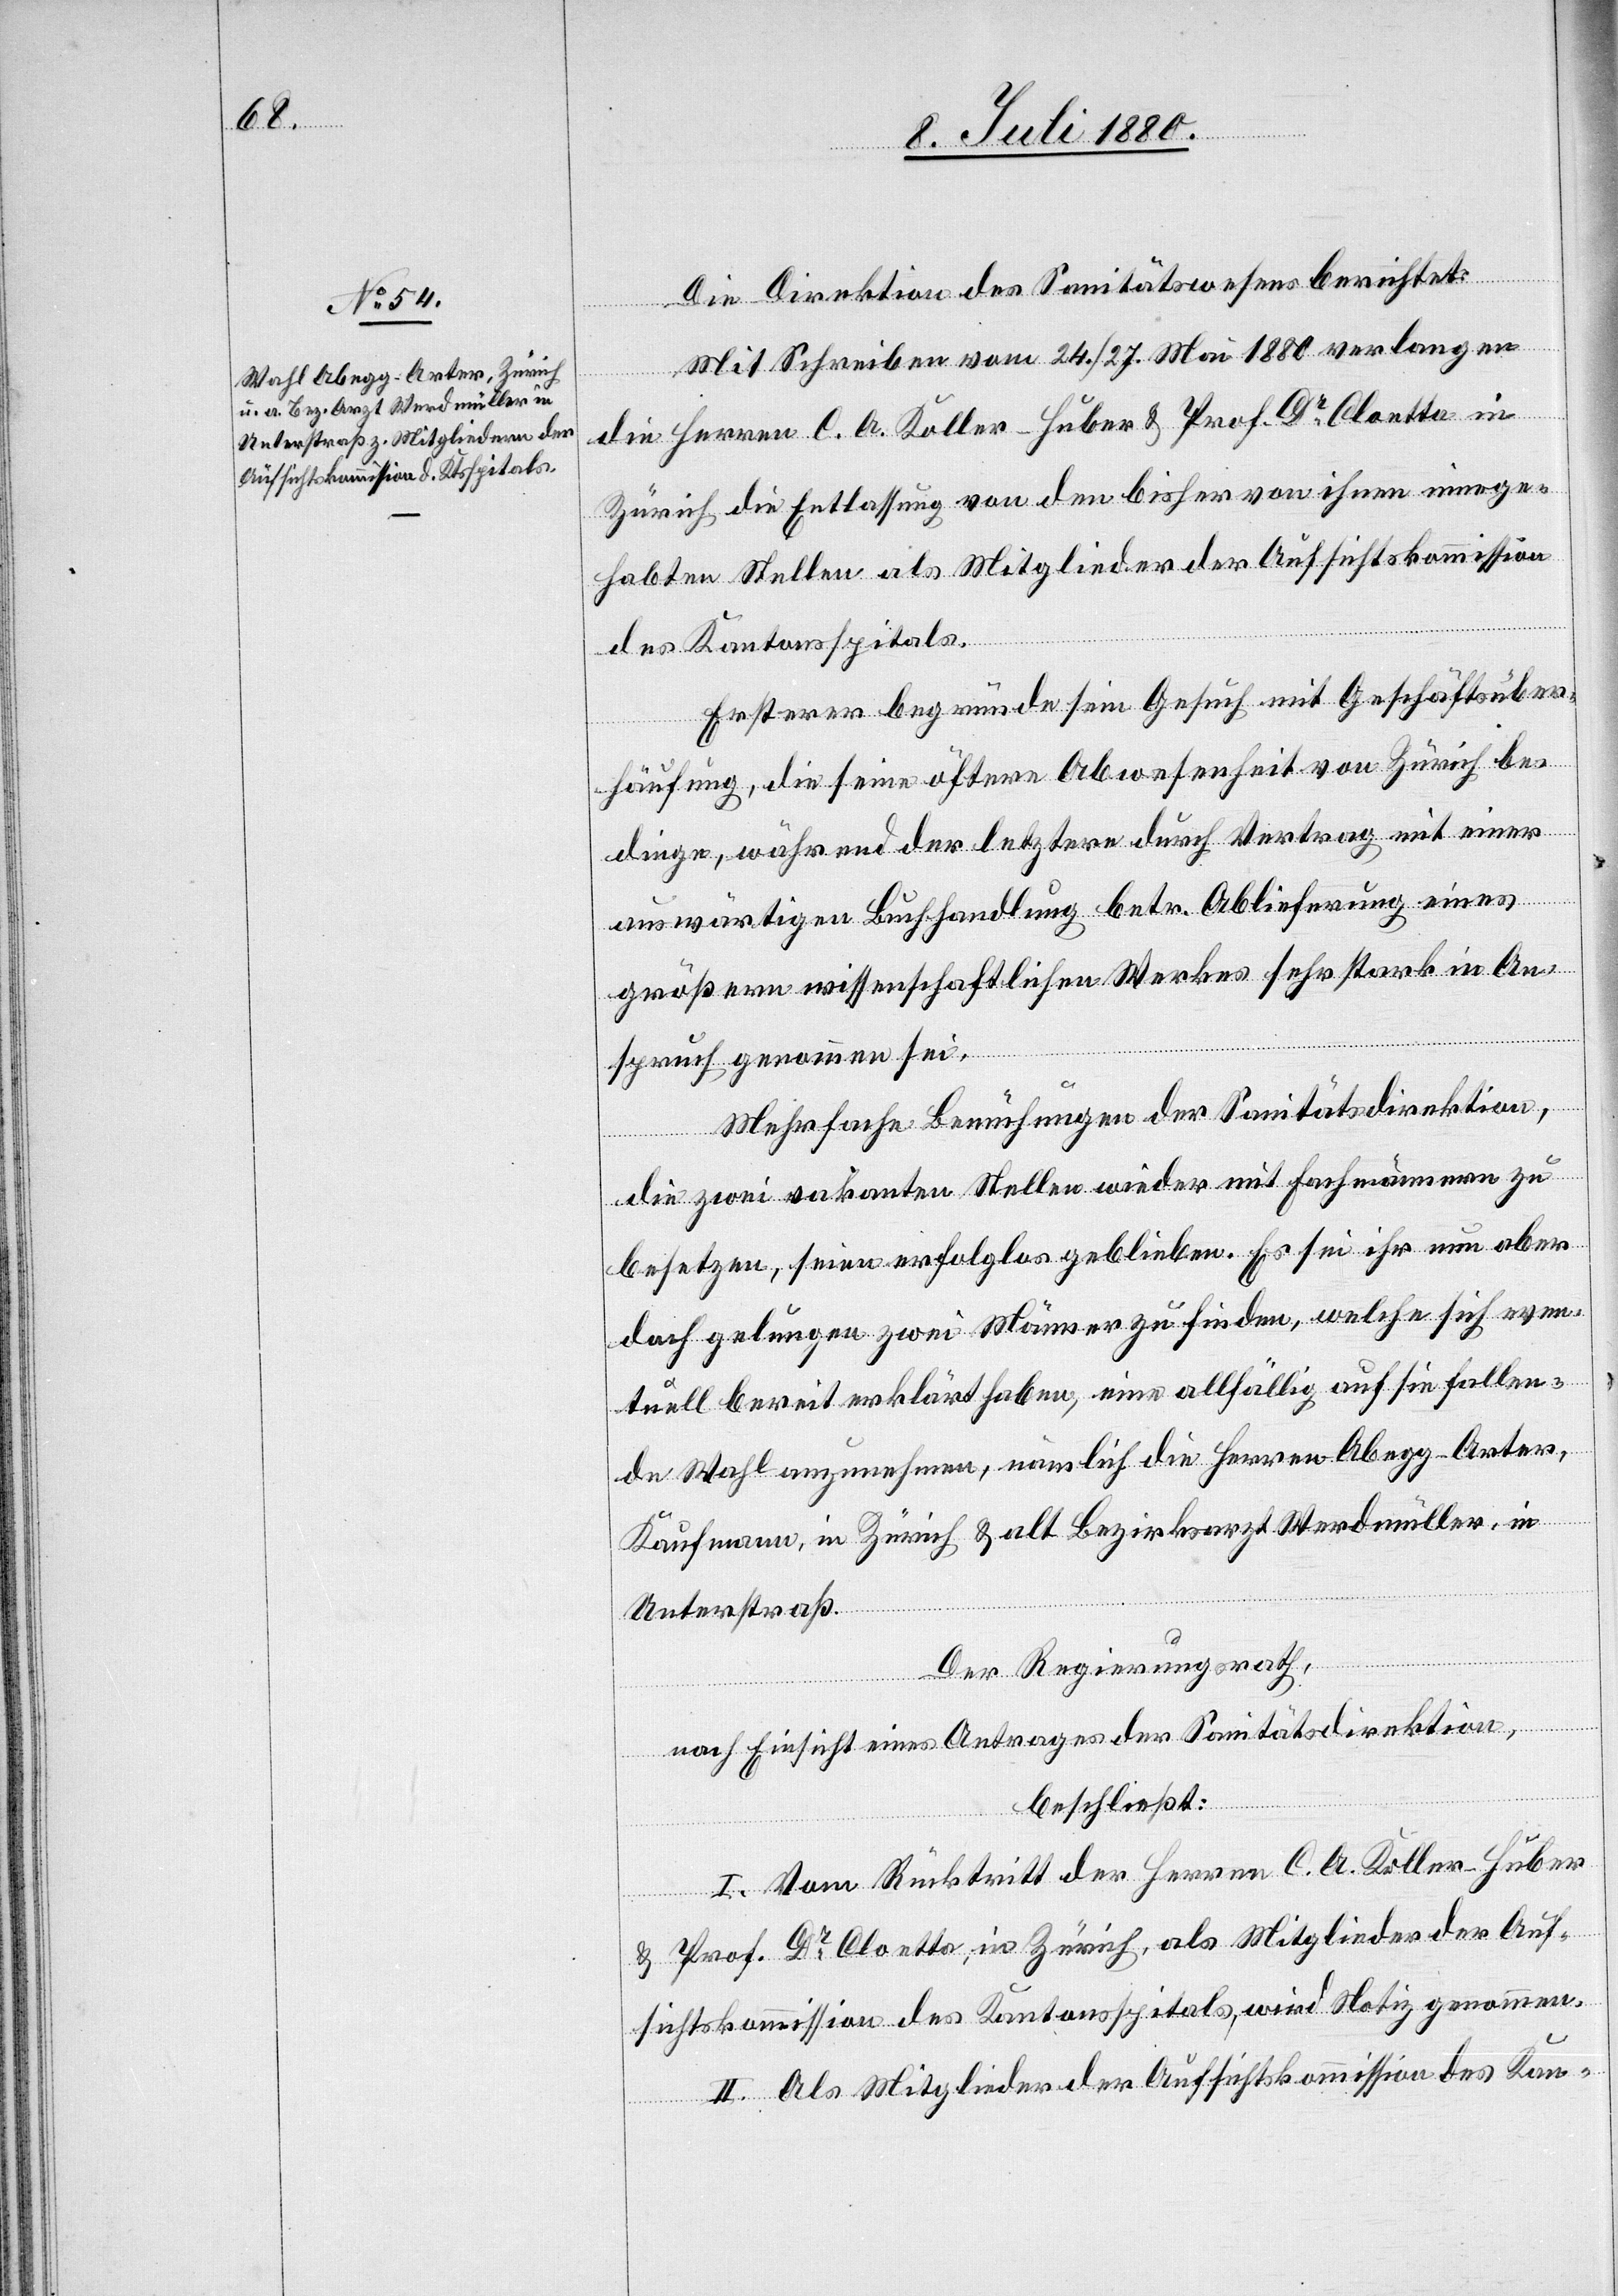
Die Direktion des Sanitätswesens berichtet:
Mit Schreiben vom 24./27. Mai 1880 verlangen
die Herren C. A. Koller-Huber & Prof. Dr Cloetta in
Zürich die Entlassung von den bisher von ihnen innege¬
habten Stellen als Mitglieder der Aufsichtskommission
des Kantonsspitals.
Ersterer begründe sein Gesuch mit Geschäftsüber¬
häufung, die seine öftere Abwesenheit von Zürich be¬
dinge, während der letztere durch Vertrag mit einer
auswärtigen Buchhandlung betr. Ablieferung eines
größeren wissenschaftlichen Werkes sehr stark in An¬
spruch genommen sei.
Mehrfache Bemühungen der Sanitätsdirektion,
die zwei vakanten Stellen wieder mit Fachmännern zu
besetzen, seien erfolglos geblieben. Es sei ihr nun aber
doch gelungen zwei Männer zu finden, welche sich even¬
tuell bereit erklärt haben, eine allfällig auf sie fallen¬
de Wahl anzunehmen, nämlich die Herren Abegg-Arter,
Kaufmann, in Zürich & alt Bezirksarzt Werdmüller, in
Unterstraß.
Der Regierungsrath,
nach Einsicht eines Antrages der Sanitätsdirektion,
beschließt:
I. Vom Rücktritt der Herren C. A. Koller-Huber
& Prof. Dr Cloetta, in Zürich, als Mitglieder der Auf¬
sichtskommission des Kantonsspitals, wird Notiz genommen.
II. Als Mitglieder der Aufsichtskommission des Kan-